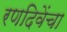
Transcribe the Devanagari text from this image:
रणदिवेंचा